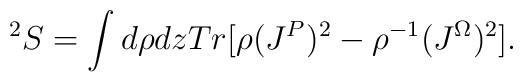
^2S=\int d\rho dz Tr[\rho (J^P)^2-\rho ^{-1}(J^{\Omega})^2].